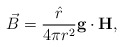
\begin{align*}\vec{B} = {{\hat r} \over 4\pi r^2} {\bf g\cdot H},\end{align*}